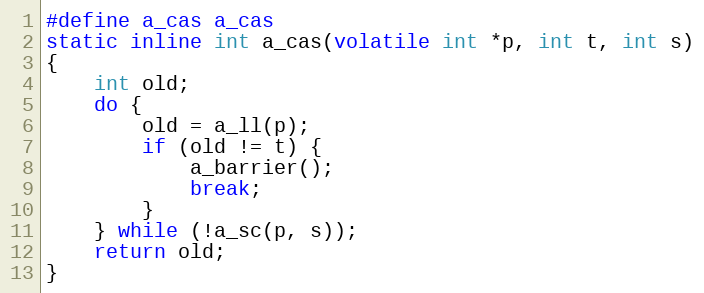
Language: C
#define a_cas a_cas
static inline int a_cas(volatile int *p, int t, int s)
{
	int old;
	do {
		old = a_ll(p);
		if (old != t) {
			a_barrier();
			break;
		}
	} while (!a_sc(p, s));
	return old;
}